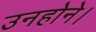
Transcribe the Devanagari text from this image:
उनहोने।